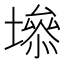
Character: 𡑐